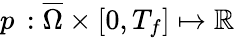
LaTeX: p\, :\overline{{\Omega}}\times[0,T_{f}]\mapsto\mathbb{R}